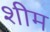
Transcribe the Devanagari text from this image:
शीम